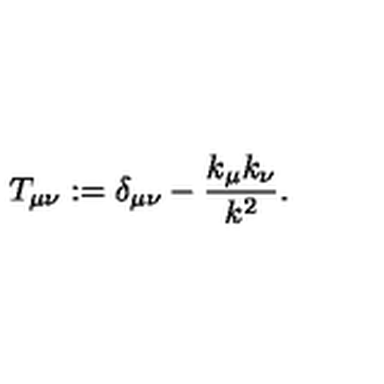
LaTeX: T _ { \mu \nu } : = \delta _ { \mu \nu } - \frac { k _ { \mu } k _ { \nu } } { k ^ { 2 } } .